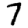
Digit: 7